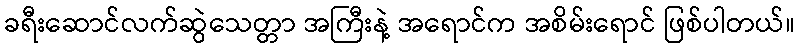
ခရီးဆောင်လက်ဆွဲသေတ္တာ အကြီးနဲ့ အရောင်က အစိမ်းရောင် ဖြစ်ပါတယ်။